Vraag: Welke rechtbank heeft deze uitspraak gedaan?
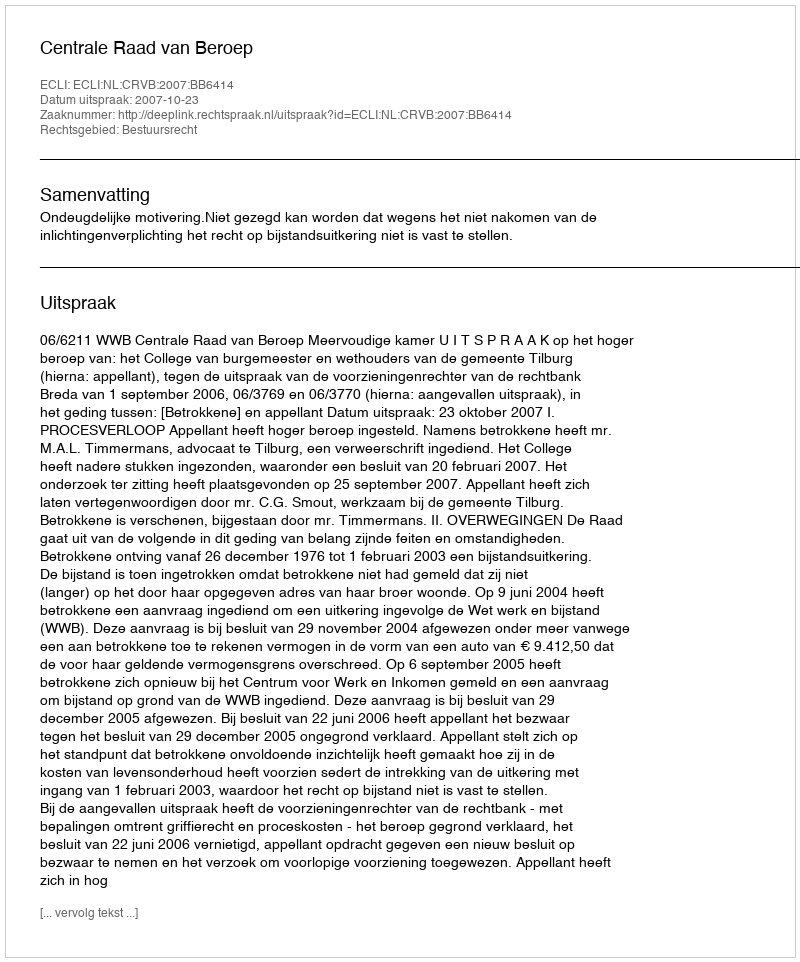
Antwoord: Centrale Raad van Beroep